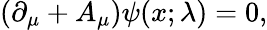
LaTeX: (\partial_{\mu}+A_{\mu})\psi(x;\lambda)=0,